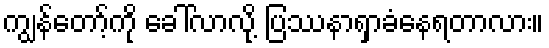
ကျွန်တော့်ကို ခေါ်လာလို့ ပြဿနာရှာခံနေရတာလား။